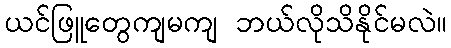
ယင်ဖြူတွေကျမကျ ဘယ်လိုသိနိုင်မလဲ။